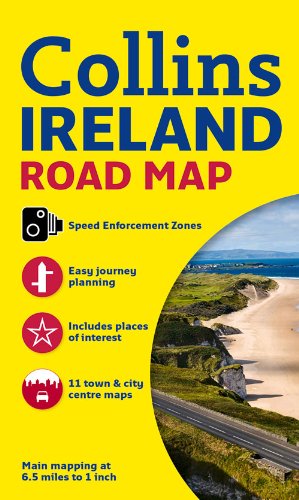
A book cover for Collins Ireland Road Map; Collins UK; Travel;